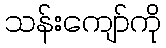
သန်းကျော်ကို